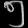
Digit: ၅